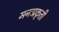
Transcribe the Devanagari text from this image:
मनःप्रकृती